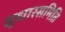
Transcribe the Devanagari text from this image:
सुधारसमिति